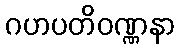
ဂဟပတိဝဏ္ဏနာ